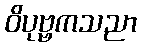
ဝိပုဗ္ဗကသညာ